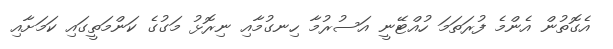
އެގޮތުން އެންމެ ފުރަތަމަ ހުއްޓޭނީ އަސުރުމާ ހިނގުމާއި ނިރޮޅު މަގުގެ ކަންމަތީގައި ކަމަށާއި